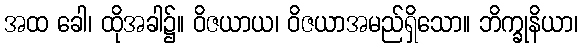
အထ ခေါ၊ ထိုအခါ၌။ ဝိဇယာယ၊ ဝိဇယာအမည်ရှိသော။ ဘိက္ခုနိယာ၊